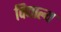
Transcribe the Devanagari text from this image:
विद्याल्य